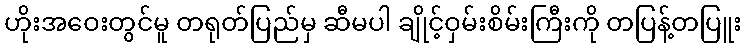
ဟိုးအဝေးတွင်မူ တရုတ်ပြည်မှ ဆီမပါ ချိုင့်ဝှမ်းစိမ်းကြီးကို တပြန့်တပြူး